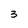
Character: 3